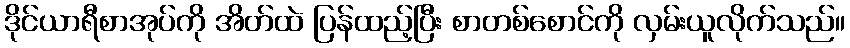
ဒိုင်ယာရီစာအုပ်ကို အိတ်ထဲ ပြန်ထည့်ပြီး စာတစ်စောင်ကို လှမ်းယူလိုက်သည်။